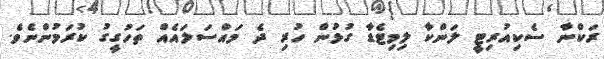
ރަކްނާ ސެކިއުރިޓީ ލަންކާ ލިމިޓެޑާ ގުޅުން ހުރި ދެ މައްސަލައެއް ތަހުގީގު ކުރަމުންނެވެ.